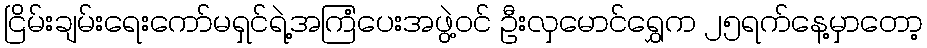
ငြိမ်းချမ်းရေးကော်မရှင်ရဲ့အကြံပေးအဖွဲ့ဝင် ဦးလှမောင်ရွှေက ၂၅ရက်နေ့မှာတော့